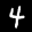
Label: 4